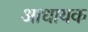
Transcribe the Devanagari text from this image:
आधायक